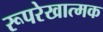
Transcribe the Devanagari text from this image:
रूपरेखात्मक